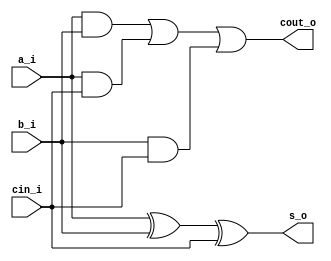
`timescale 1ns / 1ps
//////////////////////////////////////////////////////////////////////////////////
// Company: 
// Engineer: 
// 
// Design Name: 
// Module Name: full_adder
// Project Name: 
// Target Devices: 
// Tool Versions: 
// Description: 
// 
// Dependencies: 
// 
// Revision:
// Revision 0.01 - File Created
// Additional Comments:
// 
//////////////////////////////////////////////////////////////////////////////////


module full_adder
(
input a_i,
input b_i,
input cin_i,
output s_o,
output cout_o
);

wire and1, and2, and3;

xor G1 (s_o,a_i,b_i,cin_i);
and G2 (and1,a_i,b_i);
and G3 (and2,a_i,cin_i);
and G4 (and3,b_i,cin_i);
or G5 (cout_o,and1,and2,and3);

endmodule